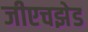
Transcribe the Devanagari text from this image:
जीएचझेड